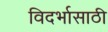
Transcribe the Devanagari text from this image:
विदर्भासाठी